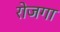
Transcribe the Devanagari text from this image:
रोजगा